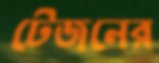
টেজনের